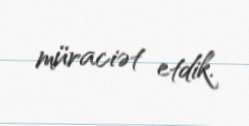
müraciət etdik.